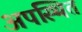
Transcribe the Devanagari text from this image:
अपस्थित